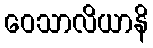
ဝေသာလိယာနိ